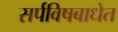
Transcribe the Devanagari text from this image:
सर्पविषबाधेत